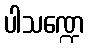
ပါသဏ္ဍေ